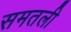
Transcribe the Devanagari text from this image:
समतली